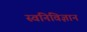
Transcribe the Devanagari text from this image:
स्वनिविज्ञान